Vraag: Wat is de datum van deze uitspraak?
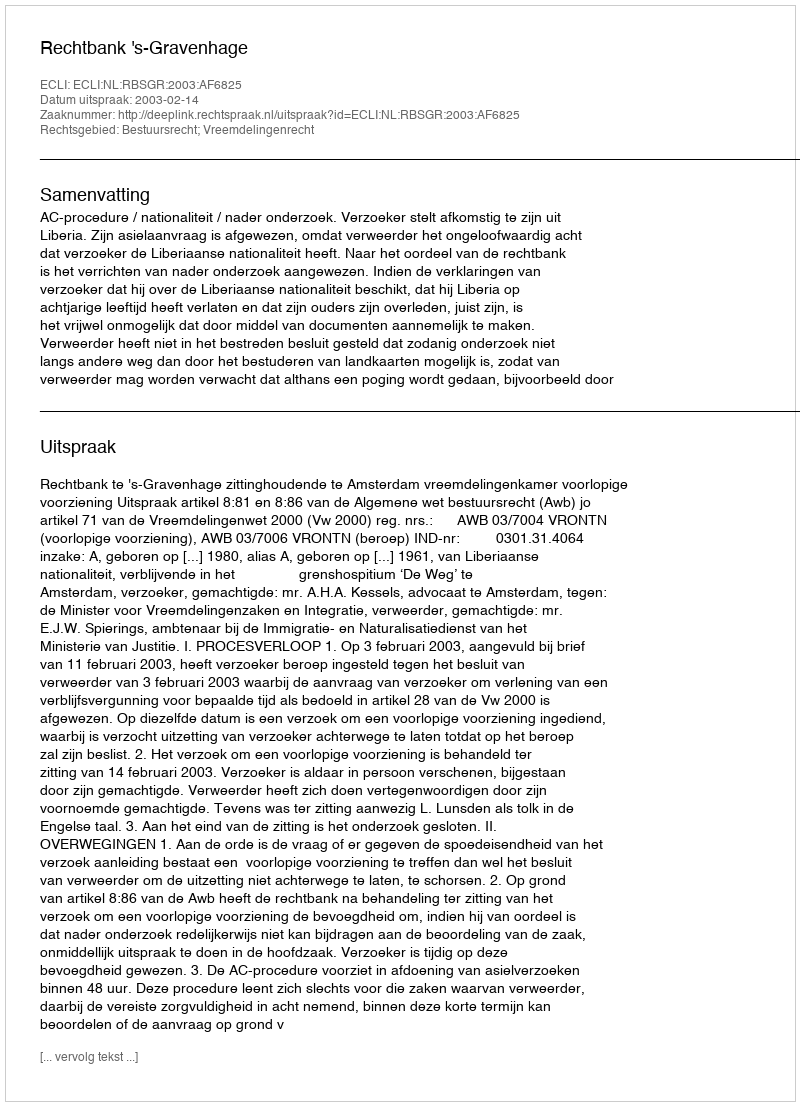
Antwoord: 2003-02-14